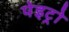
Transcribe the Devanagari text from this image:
पेइट्रो